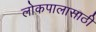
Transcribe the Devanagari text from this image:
लोकपालासाठी